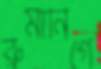
রুমানিগে